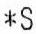
*S